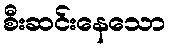
စီးဆင်းနေသော